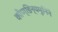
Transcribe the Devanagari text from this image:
कौण्डिन्यमुनिने